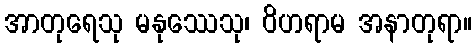
အာတုရေသု မနုဿေသု၊ ဝိဟရာမ အနာတုရာ။